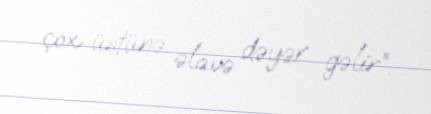
çox üstünə əlavə dəyər gəlir”.